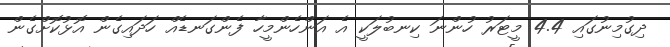
ދިގުމިނުގައި 4.4 މީޓަރު ހުންނަ ކިނބުލަކީ އެ އަންހެންމީހާ ފެންގަނޑެއް ހަދައިގެން އޮޅުކޮށްގެން